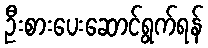
ဦးစားပေးဆောင်ရွက်ရန်